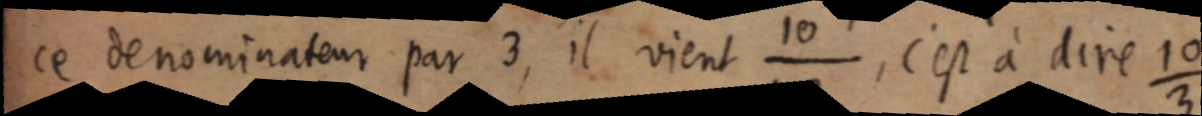
ce dénominateur par 3, il vient 10/1.3, c’est à dire 10/3